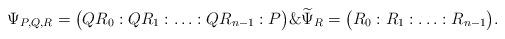
LaTeX: \begin{align*}\Psi_{P,Q,R}=\big(QR_0:QR_1:\ldots:QR_{n-1}:P\big)\&\widetilde{\Psi}_R=\big(R_0:R_1:\ldots:R_{n-1}\big).\end{align*}